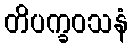
တိပက္ခဝသနံ